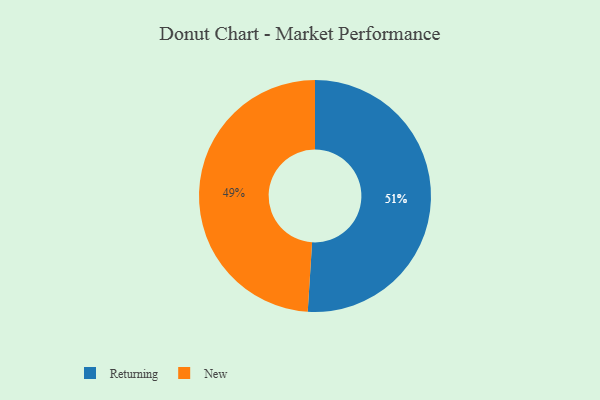
{"axis": {"x": "Category", "y": "Percentage"}, "legend": ["New", "Returning"], "data": [{"x": "New", "y": 49, "type": "New"}, {"x": "Returning", "y": 51, "type": "Returning"}]}